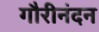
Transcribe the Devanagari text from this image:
गौरीनंदन